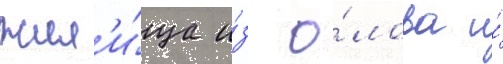
жил'и́ща и́з о́лова и́